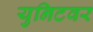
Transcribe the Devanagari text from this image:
युनिटवर